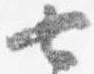
七